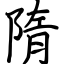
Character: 隋